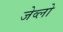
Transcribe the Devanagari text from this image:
जेव्लो